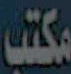
مكتب